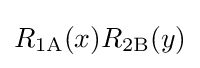
R_{\text{1A}}(x)R_{\text{2B}}(y)